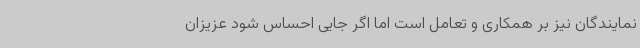
نمایندگان نیز بر همکاری و تعامل است اما اگر جایی احساس شود عزیزان